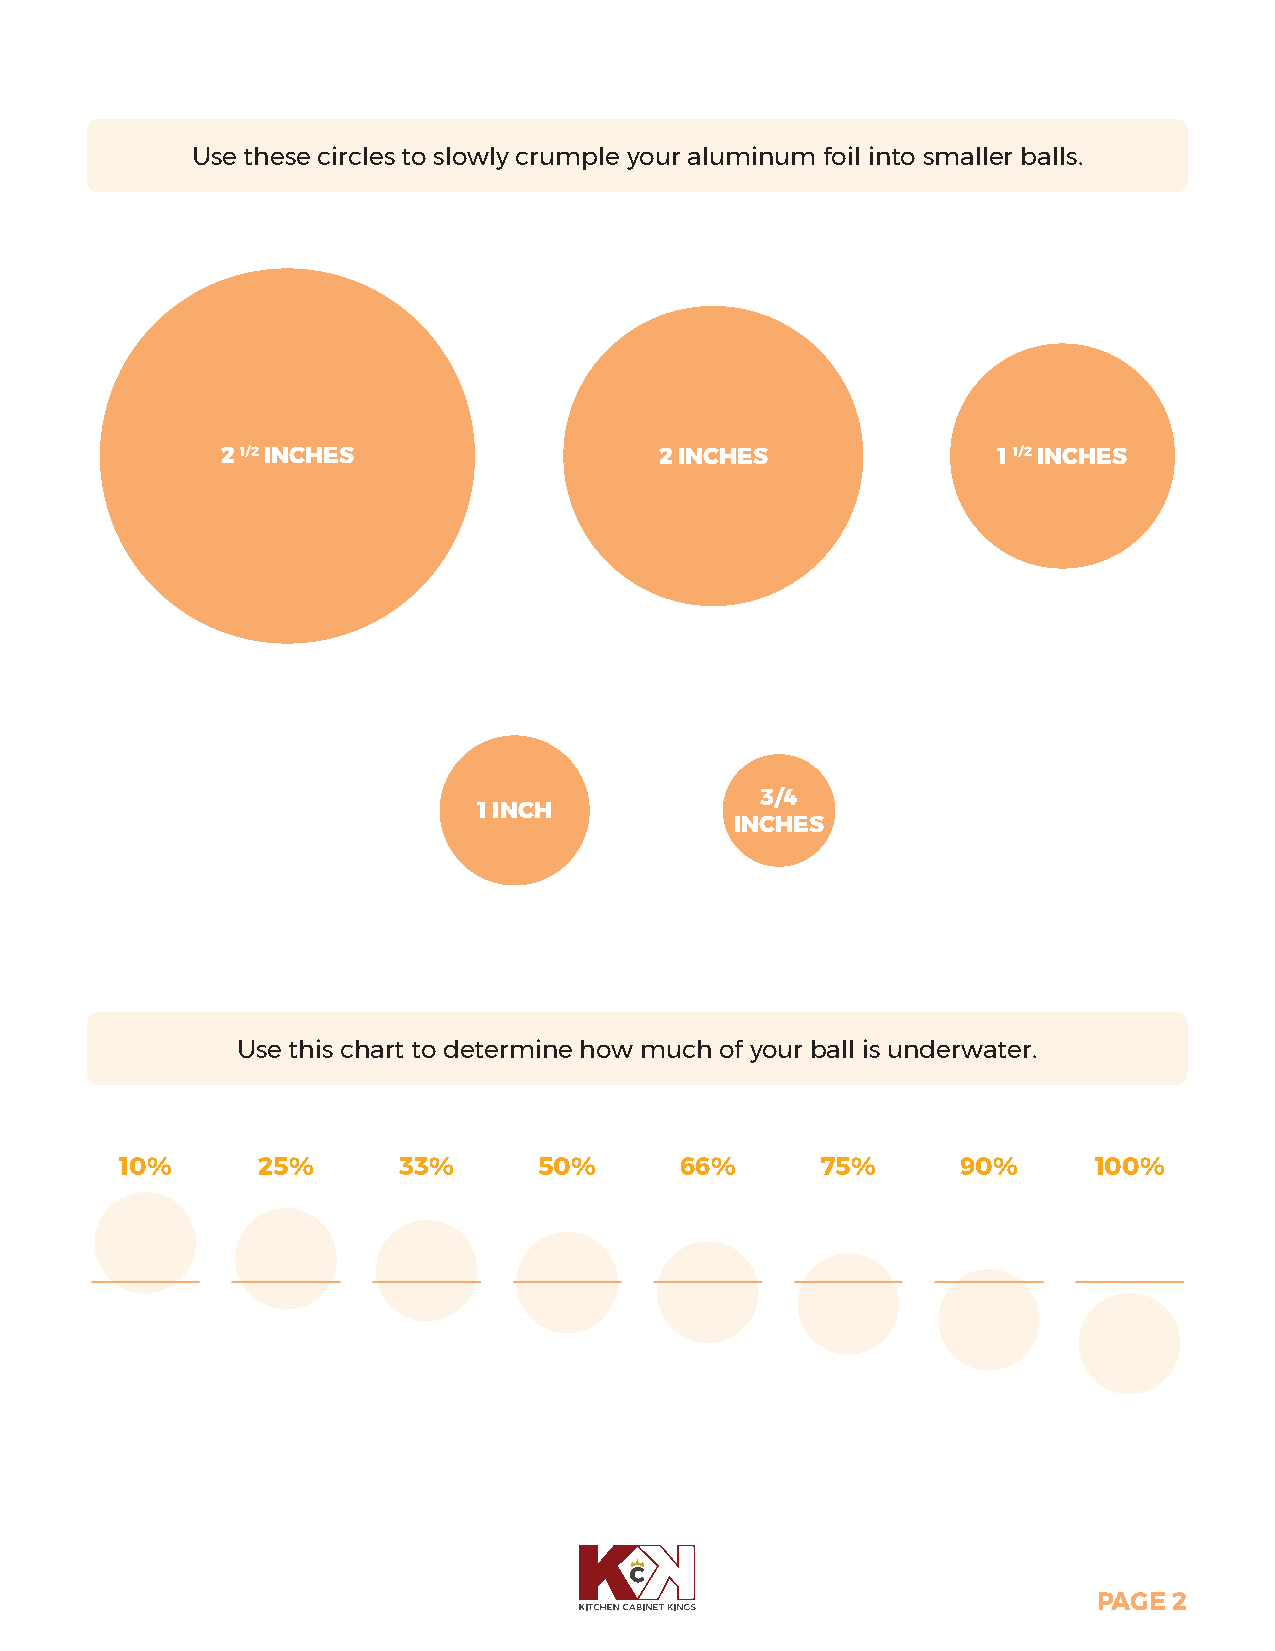
Use these circles to slowly crumple your aluminum foil into smaller balls.
 2 1/2 INCHES                 2 INCHES              1 1/2 INCHES
 3/4
 1 INCH
 INCHES
 Use this chart to determine how much of your ball is underwater.
 10%      25%      33%       50%      66%      75%       90%     100%
 PAGE 2